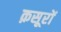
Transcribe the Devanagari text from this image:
क़सूरों